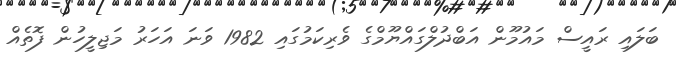
ބަލައި ރައީސް މައުމޫން އަބްދުލްގައްޔޫމްގެ ވެރިކަމުގައި 1982 ވަނަ އަހަރު މަޖިލީހުން ފޮތެއް